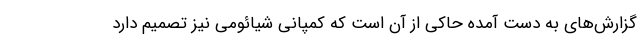
گزارش‌های به دست آمده حاکی از آن است که کمپانی شیائومی نیز تصمیم دارد